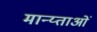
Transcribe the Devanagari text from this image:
मान्य्ताओं